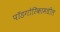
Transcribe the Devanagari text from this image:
पॉडगोरिकामधील